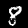
Digit: 8